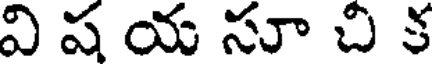
వి ష య సూ చి క